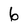
Character: 6